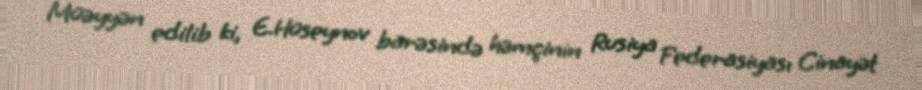
Müəyyən edilib ki, E.Hüseynov barəsində həmçinin Rusiya Federasiyası Cinayət